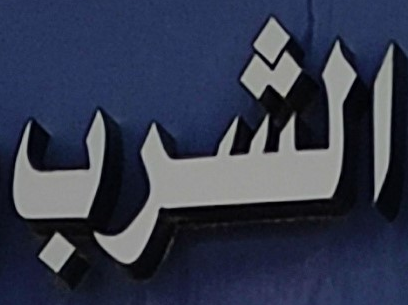
الشرب